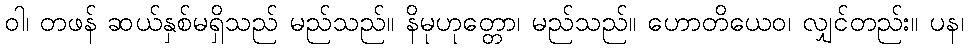
ဝါ၊ တဖန် ဆယ်နှစ်မရှိသည် မည်သည်။ နိမုဟုတ္တော၊ မည်သည်။ ဟောတိယေဝ၊ လျှင်တည်း။ ပန၊